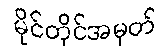
မိုင်တိုင်အမှတ်